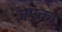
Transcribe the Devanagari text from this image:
अमुक्ता